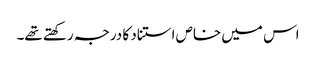
اس میں خاص استناد کا درجہ رکھتے تھے۔